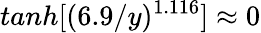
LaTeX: tanh[(6.9/y)^{1.116}]\approx 0